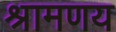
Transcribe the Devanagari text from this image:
श्रामणय